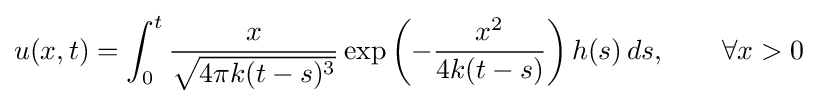
u(x,t)=\int _{0}^{t}{\frac {x}{\sqrt {4\pi k(t-s)^{3}}}}\exp \left(-{\frac {x^{2}}{4k(t-s)}}\right)h(s)\,ds,\qquad \forall x>0